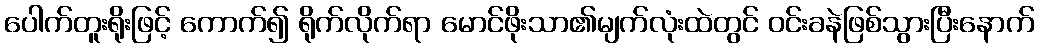
ပေါက်တူးရိုးဖြင့် ကောက်၍ ရိုက်လိုက်ရာ မောင်ဖိုးသာ၏မျက်လုံးထဲတွင် ဝင်းခနဲဖြစ်သွားပြီးနောက်